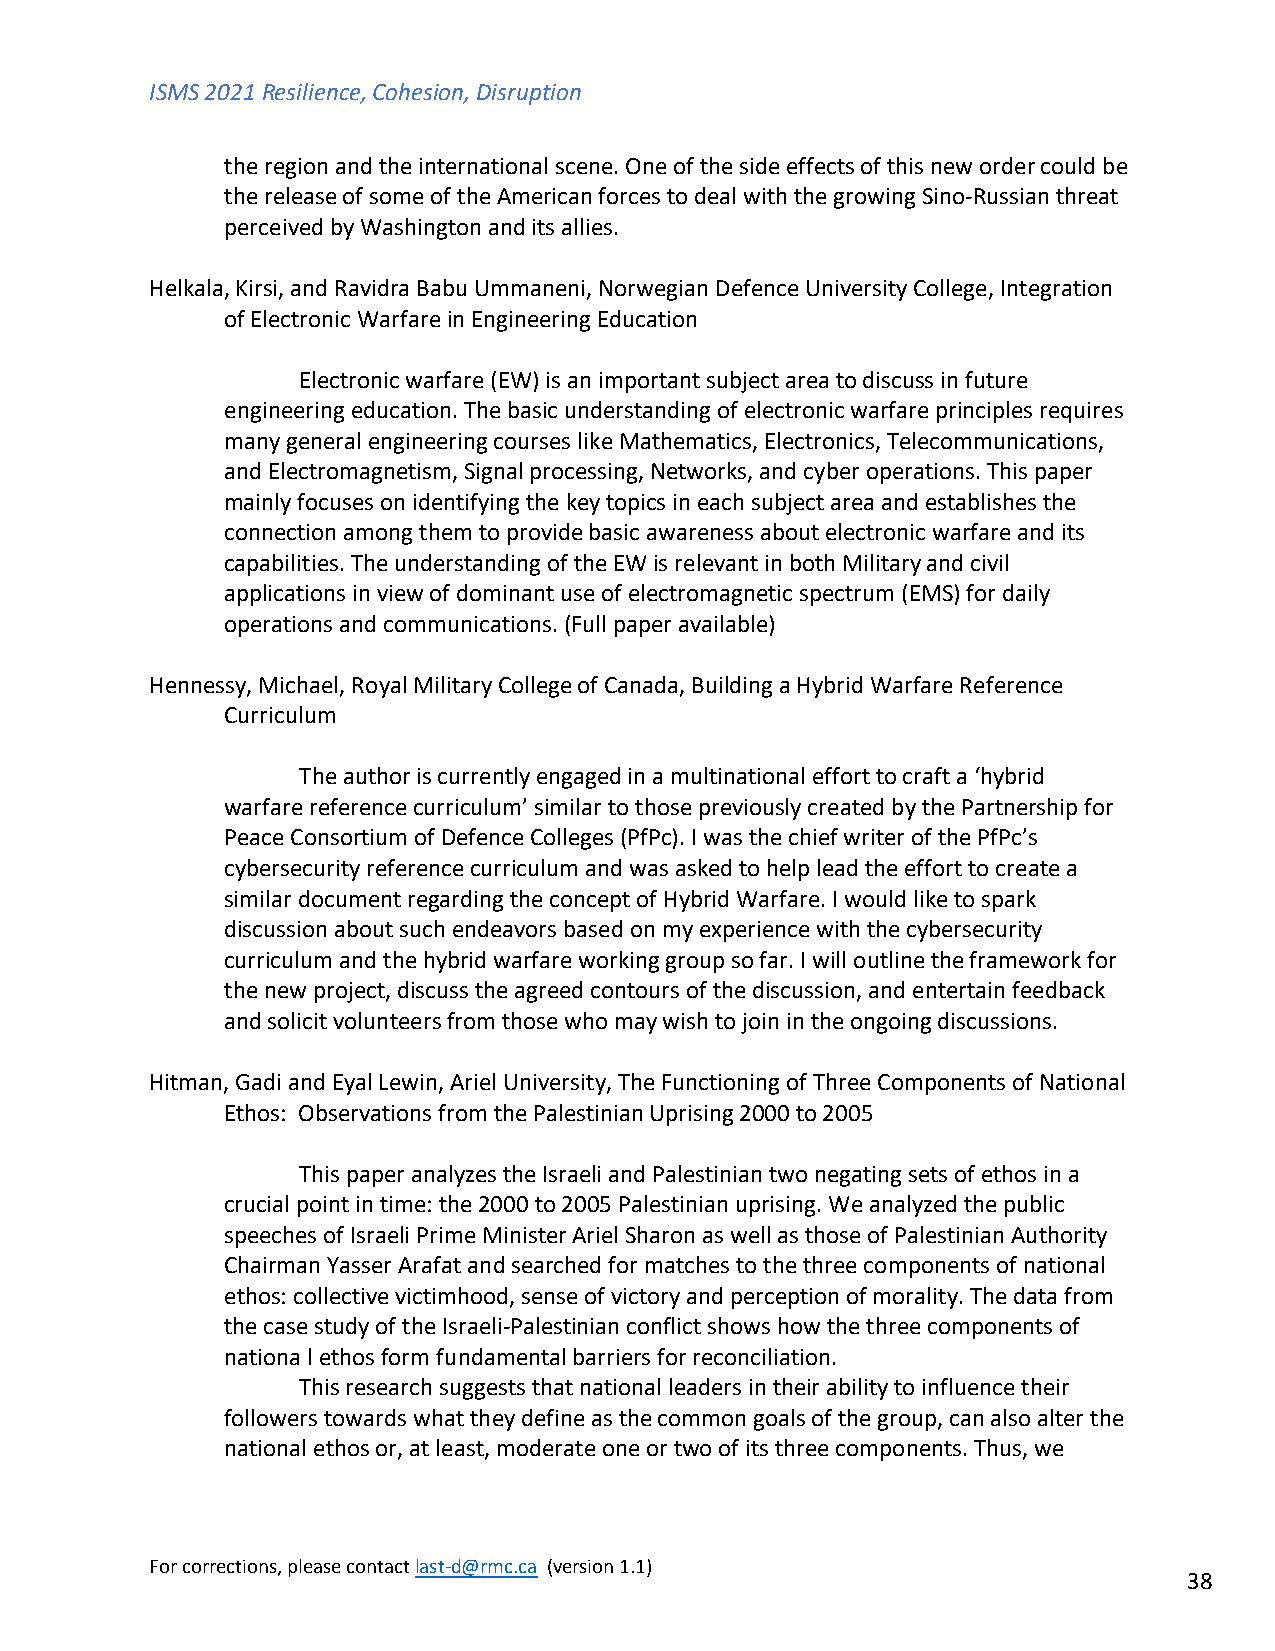
ISMS 2021 Resilience, Cohesion, Disruption
 the region and the international scene. One of the side effects of this new order could be
 the release of some of the American forces to deal with the growing Sino-Russian threat
 perceived by Washington and its allies.
 Helkala, Kirsi, and Ravidra Babu Ummaneni, Norwegian Defence University College, Integration
 of Electronic Warfare in Engineering Education
 Electronic warfare (EW) is an important subject area to discuss in future
 engineering education. The basic understanding of electronic warfare principles requires
 many general engineering courses like Mathematics, Electronics, Telecommunications,
 and Electromagnetism, Signal processing, Networks, and cyber operations. This paper
 mainly focuses on identifying the key topics in each subject area and establishes the
 connection among them to provide basic awareness about electronic warfare and its
 capabilities. The understanding of the EW is relevant in both Military and civil
 applications in view of dominant use of electromagnetic spectrum (EMS) for daily
 operations and communications. (Full paper available)
 Hennessy, Michael, Royal Military College of Canada, Building a Hybrid Warfare Reference
 Curriculum
 The author is currently engaged in a multinational effort to craft a ‘hybrid
 warfare reference curriculum’ similar to those previously created by the Partnership for
 Peace Consortium of Defence Colleges (PfPc). I was the chief writer of the PfPc’s
 cybersecurity reference curriculum and was asked to help lead the effort to create a
 similar document regarding the concept of Hybrid Warfare. I would like to spark
 discussion about such endeavors based on my experience with the cybersecurity
 curriculum and the hybrid warfare working group so far. I will outline the framework for
 the new project, discuss the agreed contours of the discussion, and entertain feedback
 and solicit volunteers from those who may wish to join in the ongoing discussions.
 Hitman, Gadi and Eyal Lewin, Ariel University, The Functioning of Three Components of National
 Ethos: Observations from the Palestinian Uprising 2000 to 2005
 This paper analyzes the Israeli and Palestinian two negating sets of ethos in a
 crucial point in time: the 2000 to 2005 Palestinian uprising. We analyzed the public
 speeches of Israeli Prime Minister Ariel Sharon as well as those of Palestinian Authority
 Chairman Yasser Arafat and searched for matches to the three components of national
 ethos: collective victimhood, sense of victory and perception of morality. The data from
 the case study of the Israeli-Palestinian conflict shows how the three components of
 nationa l ethos form fundamental barriers for reconciliation.
 This research suggests that national leaders in their ability to influence their
 followers towards what they define as the common goals of the group, can also alter the
 national ethos or, at least, moderate one or two of its three components. Thus, we
 For corrections, please contact last-d@rmc.ca (version 1.1)
 38